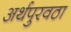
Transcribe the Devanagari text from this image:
अर्थपुरवठा